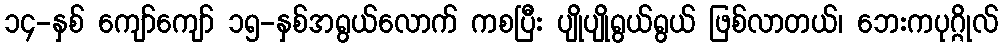
၁၄-နှစ် ကျော်ကျော် ၁၅-နှစ်အရွယ်လောက် ကစပြီး ပျိုပျိုရွယ်ရွယ် ဖြစ်လာတယ်၊ ဘေးကပုဂ္ဂိုလ်